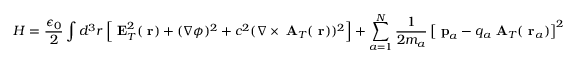
H = \frac { \epsilon _ { 0 } } { 2 } \int d ^ { 3 } r \left[ \mathrm { \bf ~ E } _ { T } ^ { 2 } ( \mathrm { \bf ~ r } ) + ( \nabla \phi ) ^ { 2 } + c ^ { 2 } ( \nabla \times \mathrm { \bf ~ A } _ { T } ( \mathrm { \bf ~ r } ) ) ^ { 2 } \right] + \sum _ { a = 1 } ^ { N } \frac { 1 } { 2 m _ { a } } \left[ \mathrm { \bf ~ p } _ { a } - q _ { a } \mathrm { \bf ~ A } _ { T } ( \mathrm { \bf ~ r } _ { a } ) \right] ^ { 2 }